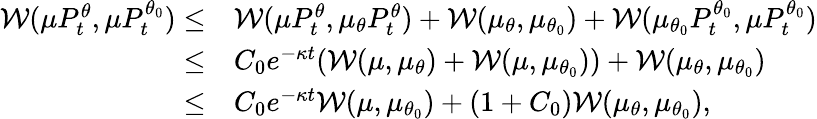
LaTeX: \begin{array}{rl}{\mathcal{W}(\mu P_{t}^{\theta},\mu P_{t}^{\theta_{0}})\leq}&{\mathcal{W}(\mu P_{t}^{\theta},\mu_{\theta}P_{t}^{\theta})+\mathcal{W}(\mu_{\theta},\mu_{\theta_{0}})+\mathcal{W}(\mu_{\theta_{0}}P_{t}^{\theta_{0}},\mu P_{t}^{\theta_{0}})}\\ {\leq}&{C_{0}e^{-\kappa t}(\mathcal{W}(\mu,\mu_{\theta})+\mathcal{W}(\mu,\mu_{\theta_{0}}))+\mathcal{W}(\mu_{\theta},\mu_{\theta_{0}})}\\ {\leq}&{C_{0}e^{-\kappa t}\mathcal{W}(\mu,\mu_{\theta_{0}})+(1+C_{0})\mathcal{W}(\mu_{\theta},\mu_{\theta_{0}}),}\end{array}